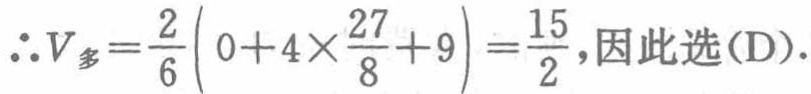
\(\therefore V_{多}=\frac{2}{6}\left(0 + 4\times\frac{27}{8}+9\right)=\frac{15}{2},\text{因此选(D)}.\)